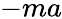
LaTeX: -ma